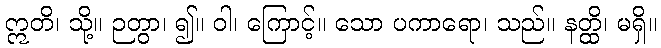
ဣတိ၊ သို့။ ဉတွာ၊ ၍။ ဝါ၊ ကြောင့်။ သော ပကာရော၊ သည်။ နတ္ထိ၊ မရှိ။